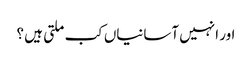
اور انہیں آسانیاں کب ملتی ہیں ؟